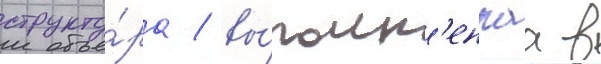
структу́ра / вы́полн'еннаа в